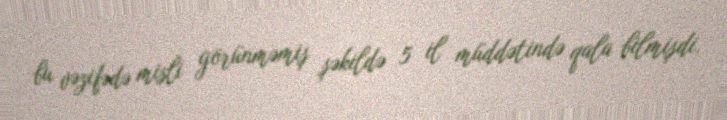
bu vəzifədə misli görünməmiş şəkildə 5 il müddətində qala bilmişdi.